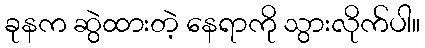
ခုနက ဆွဲထားတဲ့ နေရာကို သွားလိုက်ပါ။